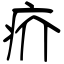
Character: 疥